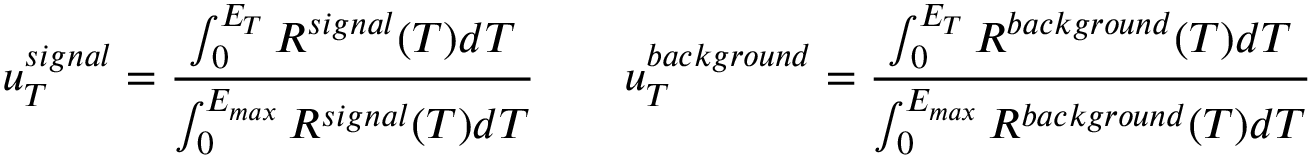
u _ { T } ^ { s i g n a l } = \frac { \int _ { 0 } ^ { E _ { T } } R ^ { s i g n a l } ( T ) d T } { \int _ { 0 } ^ { E _ { m a x } } R ^ { s i g n a l } ( T ) d T } \qquad u _ { T } ^ { b a c k g r o u n d } = \frac { \int _ { 0 } ^ { E _ { T } } R ^ { b a c k g r o u n d } ( T ) d T } { \int _ { 0 } ^ { E _ { m a x } } R ^ { b a c k g r o u n d } ( T ) d T }